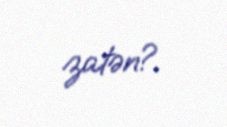
zatən?.